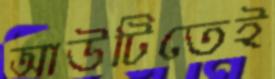
আউটিতেই